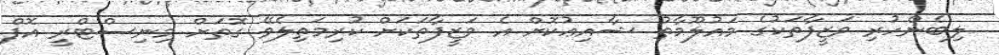
ލިބެންހުރި ވަޒީފާތަކުގެ މައުލޫމާތު ޝާއިޢުކޮށް އެ ވަޒީފާތަކަށް ކުރިމަތިލެވޭ ގޮތަށް މިނިސްޓްރީ އޮފް